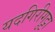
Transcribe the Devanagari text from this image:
यदगिरीगुट्टा